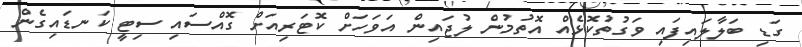
ގަޑި ބަލާލައިފައި ވަގުތުކޮޅެއް އޮތުމުން ލުޖައިން އަވަހަށް ކޮޓަރިއަށް ގޮއްސައި ސިޓީ ކަނޑައިގެން